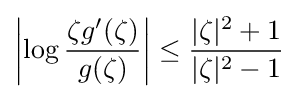
\left|\log {\zeta g^{\prime }(\zeta ) \over g(\zeta )}\right|\leq {|\zeta |^{2}+1 \over |\zeta |^{2}-1}